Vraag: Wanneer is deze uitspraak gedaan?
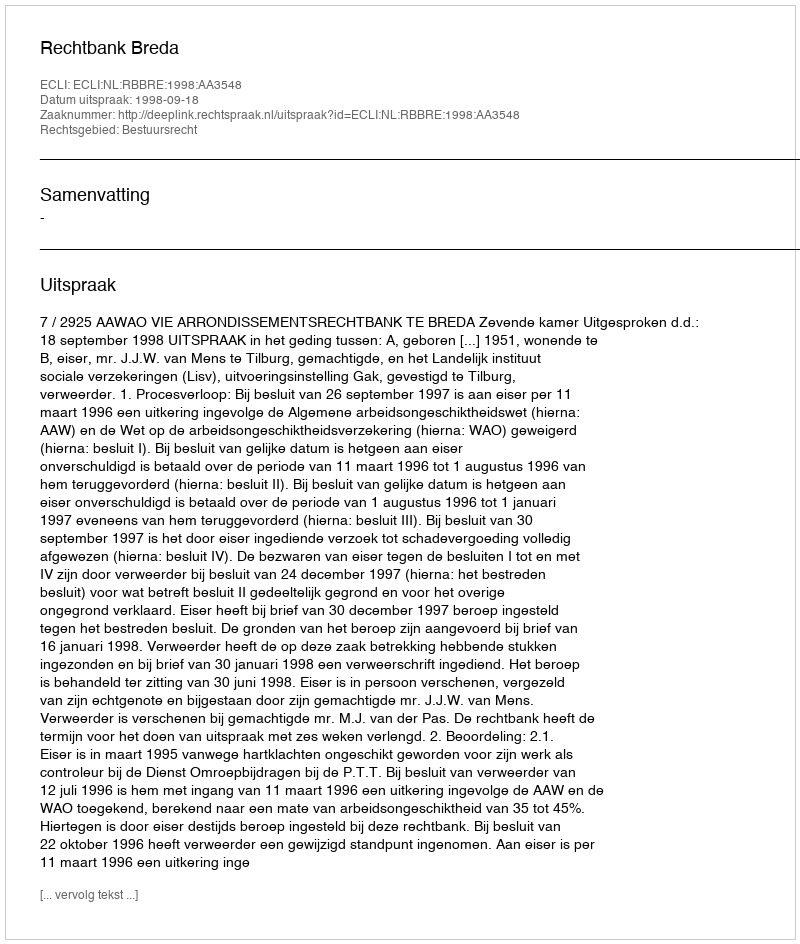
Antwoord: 1998-09-18